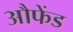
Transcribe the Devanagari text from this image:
औफेंड